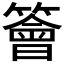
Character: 𥵊